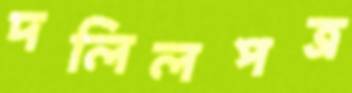
দলিলপত্র